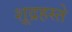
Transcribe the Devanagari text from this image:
शूद्रहस्ते